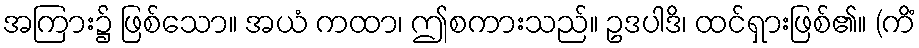
အကြား၌ ဖြစ်သော။ အယံ ကထာ၊ ဤစကားသည်။ ဥဒပါဒိ၊ ထင်ရှားဖြစ်၏။ (ကိံ